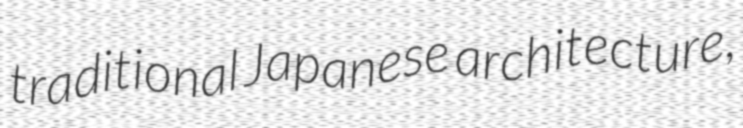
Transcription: traditional Japanese architecture,